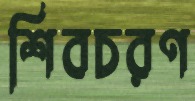
শিবচরণ